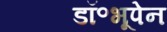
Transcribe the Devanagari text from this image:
डॉ॰भूपेन